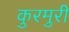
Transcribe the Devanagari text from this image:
कुरमुरी